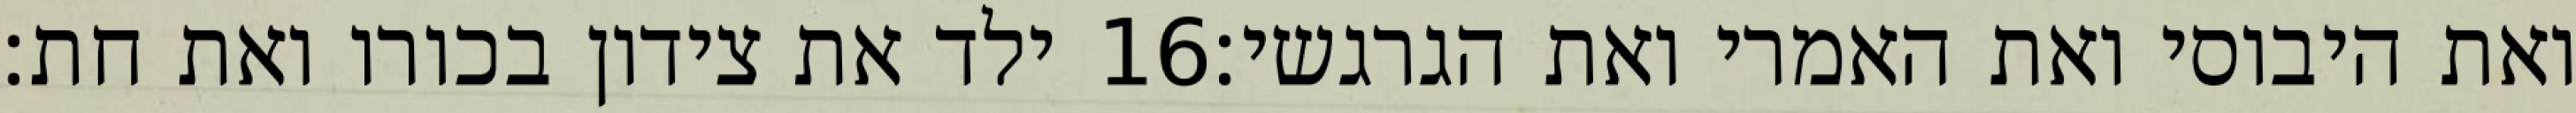
ילד את צידון בכורו ואת חת׃ ‎16‏ ואת היבוסי ואת האמרי ואת הגרגשי׃